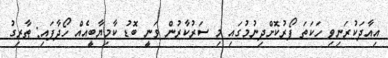
އިއާދަކުރަނިވި ހަކަތަ ފޯރުކޮށްދިނުމުގައި މި ސަރުކާރުން ވަނީ ބޮޑު ކާމިޔާބީއެއް ހޯދާފައި: ޠާރިގު